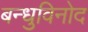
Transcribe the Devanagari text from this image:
बन्धुविनोद